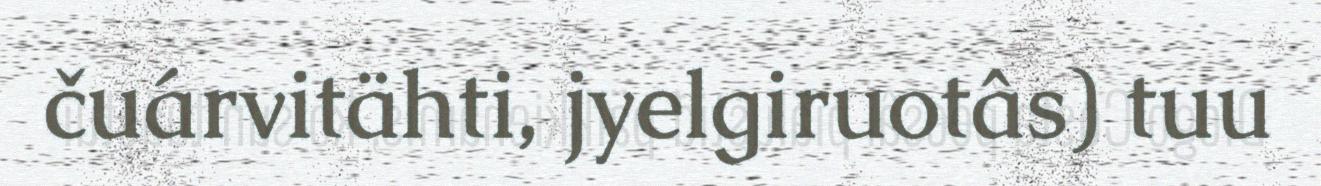
čuárvitähti, jyelgiruotâs) tuu